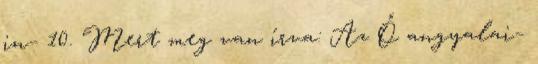
in− 10. Mert meg van írva: Az Ő angyalai−